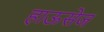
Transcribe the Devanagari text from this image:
हाऊसेज